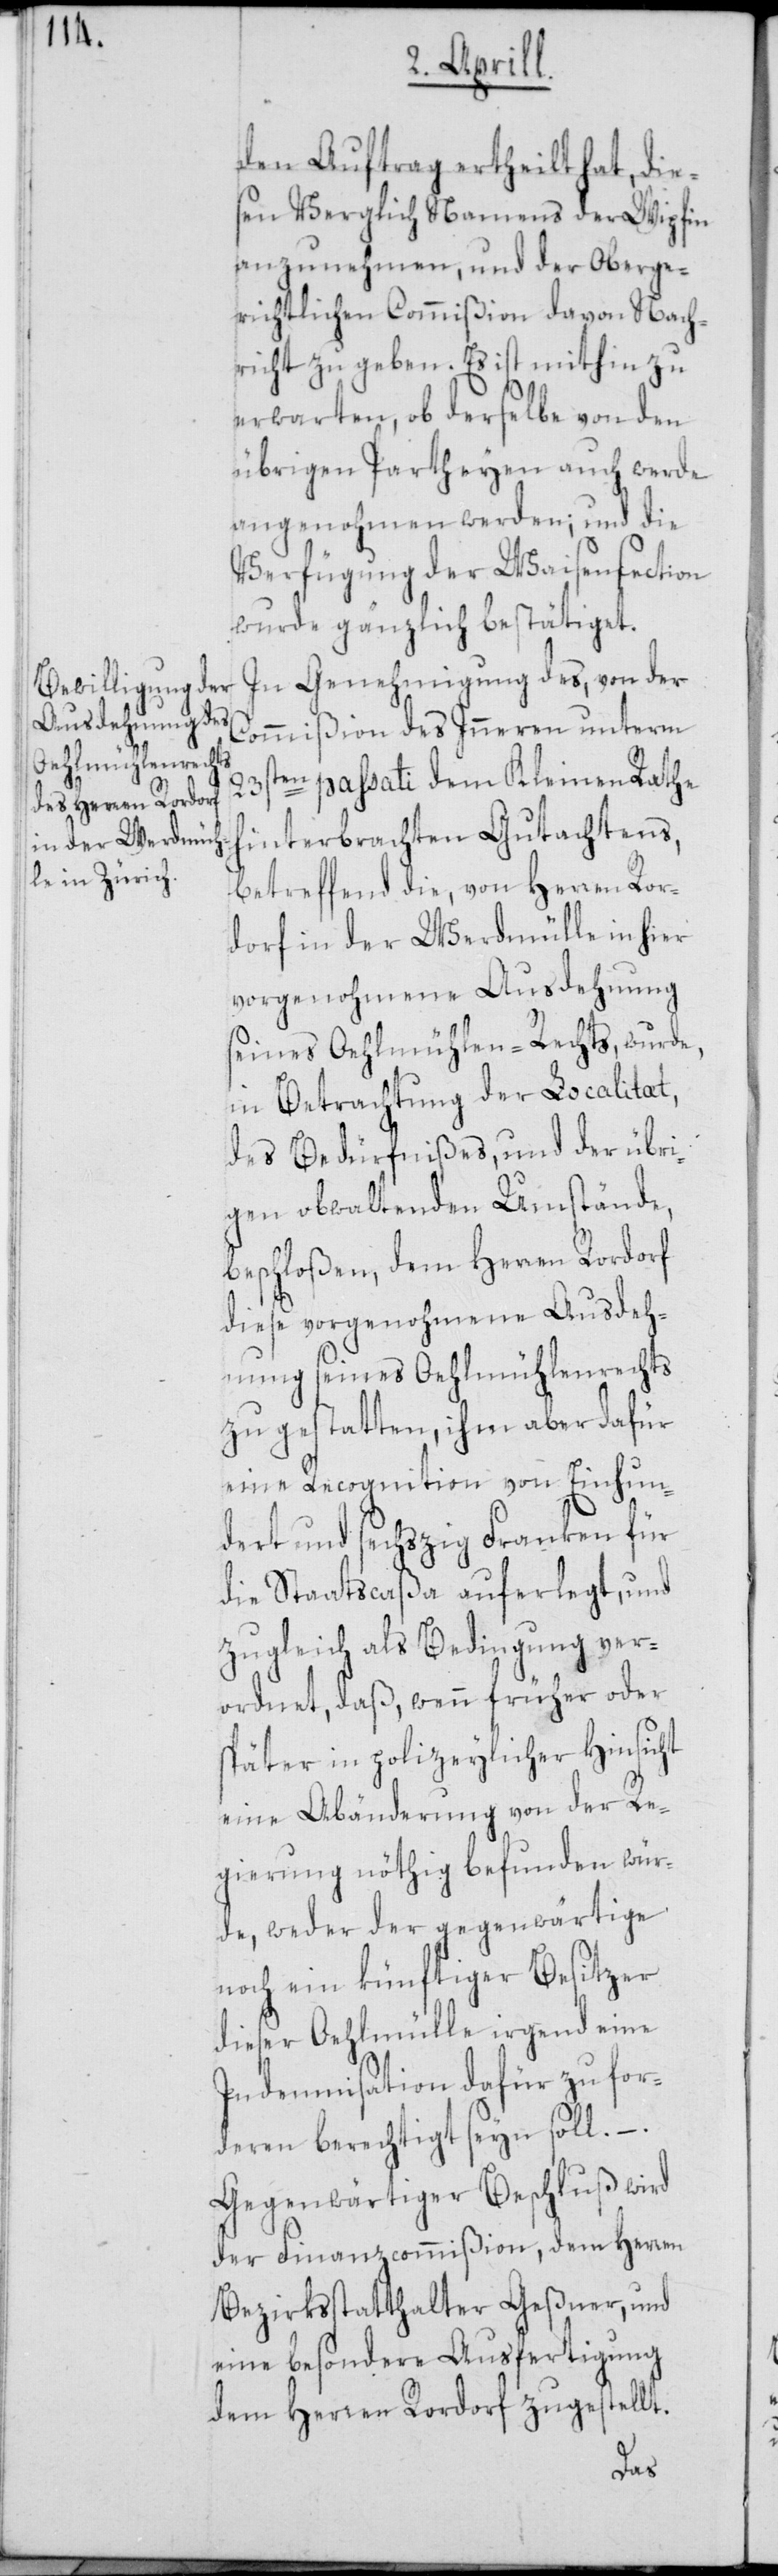
den Auftrag ertheilt hat, die¬
sen Verglich Namens der Wipfin
anzunehmen, und der Oberge¬
richtlichen Commißion davon Nach¬
richt zu geben. Es ist mithin zu
erwarten, ob derselbe von den
übrigen Partheyen auch werde
angenohmen werden; und die
Verfügung der Waisensection
wurde gänzlich bestätiget.
In Genehmigung des, von der
Commißion des Inneren unterm
23sten passati dem Kleinen Rathe
hinterbrachten Gutachtens,
betreffend die, von Herren Ror¬
dorf in der Werdmühle in hier
vorgenohmene Ausdehnung
seines Oehlmühlen-Rechts, wurde,
in Betrachtung der Localitat,
des Bedürfnißes, und der übri¬
gen obwaltenden Umstände,
beschloßen, dem Herren Rordorf
diese vorgenohmene Ausdeh¬
nung seines Oehlmühlenrechts
zu gestatten, ihm aber dafür
eine Recognition von Einhun¬
dert und sechszig Franken für
die Staatscaßa auferlegt, und
zugleich als Bedingung ver¬
ordnet, daß, wenn früher oder
später in polizeylicher Hinsicht
eine Abänderung von der Re¬
gierung nöthig befunden wür¬
de, weder der gegenwärtige
noch ein künftiger Besitzer
Indemnisation dafür zu for¬
deren berechtigt seyn soll. – .
Gegenwärtiger Beschluß wird
der Finanzcommißion, dem Herren
Bezirksstatthalter Geßner, und
eine besondere Ausfertigung
dem Herren Rordorf zugestellt.